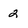
Character: 2